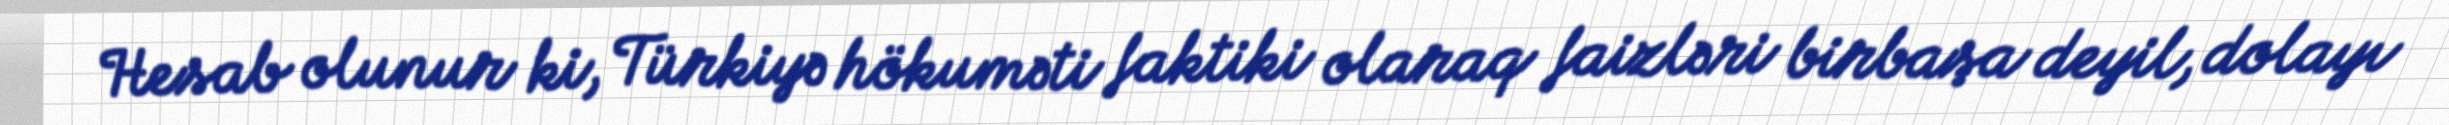
Hesab olunur ki, Türkiyə hökuməti faktiki olaraq faizləri birbaşa deyil, dolayı